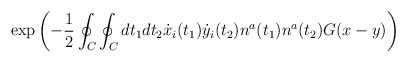
\begin{align*}\exp\left(-{1\over2}\oint_C\oint_Cdt_{1}dt_{2}\dot{x}_{i}(t_1)\dot{y}_{i}(t_2)n^{a}(t_1)n^{a}(t_2)G(x-y)\right)\end{align*}